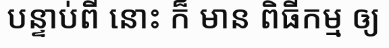
បន្ទាប់ពី នោះ ក៏ មាន ពិធីកម្ម ឲ្យ